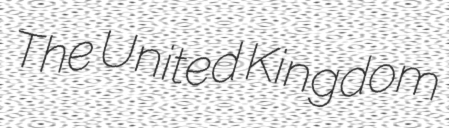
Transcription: The United Kingdom